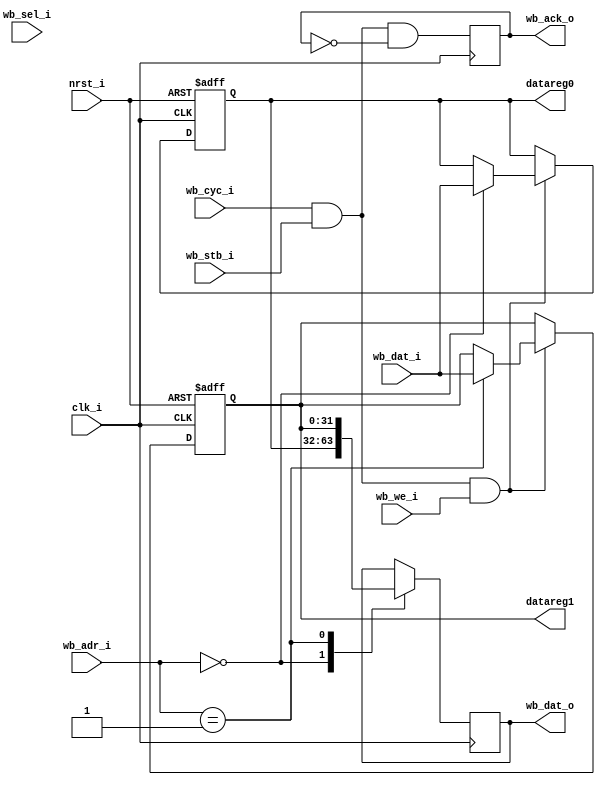
//////////////////////////////////////////////////////////////////////////////////
// Wishbone Register File
//
// $Id: wb_cpu_ctrl.v,v 1.1 2008-12-01 02:00:10 hharte Exp $
//
// (C) 2007 Howard M. Harte
//
//////////////////////////////////////////////////////////////////////////////////

module wb_cpu_ctrl (clk_i, nrst_i, wb_adr_i, wb_dat_o, wb_dat_i, wb_sel_i, wb_we_i,
						 wb_stb_i, wb_cyc_i, wb_ack_o, datareg0, datareg1);

	input		clk_i;
	input 	nrst_i;
	input 	[2:0] wb_adr_i;
	output reg [31:0] wb_dat_o;
  	input 	[31:0] wb_dat_i;
	input 	[3:0] wb_sel_i;
  	input 	wb_we_i;
	input 	wb_stb_i;
	input 	wb_cyc_i;
	output reg wb_ack_o;
	output	[31:0] datareg0;
	output	[31:0] datareg1;

	//
	// generate wishbone register bank writes
	wire wb_acc = wb_cyc_i & wb_stb_i;    // WISHBONE access
	wire wb_wr  = wb_acc & wb_we_i;       // WISHBONE write access

	reg	[31:0]	datareg0;
	reg	[31:0]	datareg1;

	always @(posedge clk_i or negedge nrst_i)
		if (~nrst_i)				// reset registers
			begin
				datareg0 <= 32'h87654321;
				datareg1 <= 32'h12345678;
			end
		else if(wb_wr)          // wishbone write cycle
			case (wb_adr_i) 		// synopsys full_case parallel_case
				3'b000:	datareg0 <= wb_dat_i;
				3'b001:	datareg1 <= wb_dat_i;
			endcase

	//
   // generate dat_o
	always @(posedge clk_i)
		case (wb_adr_i) 	// synopsys full_case parallel_case
			3'b000:	wb_dat_o <= datareg0;
			3'b001:	wb_dat_o <= datareg1;
		endcase

   //
   // generate ack_o
   always @(posedge clk_i)
		wb_ack_o <= #1 wb_acc & !wb_ack_o;

endmodule